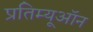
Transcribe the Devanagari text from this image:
प्रतिम्यूऑन